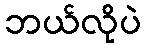
ဘယ်လိုပဲ